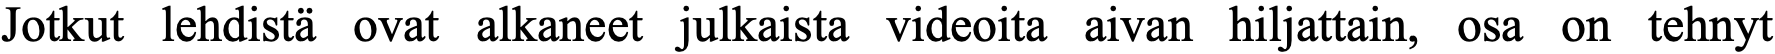
Jotkut lehdistä ovat alkaneet julkaista videoita aivan hiljattain, osa on tehnyt